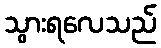
သွားရလေသည်